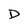
Character: D